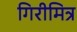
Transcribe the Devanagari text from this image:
गिरीमित्र